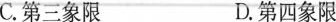
C.第三象限 D.第四象限